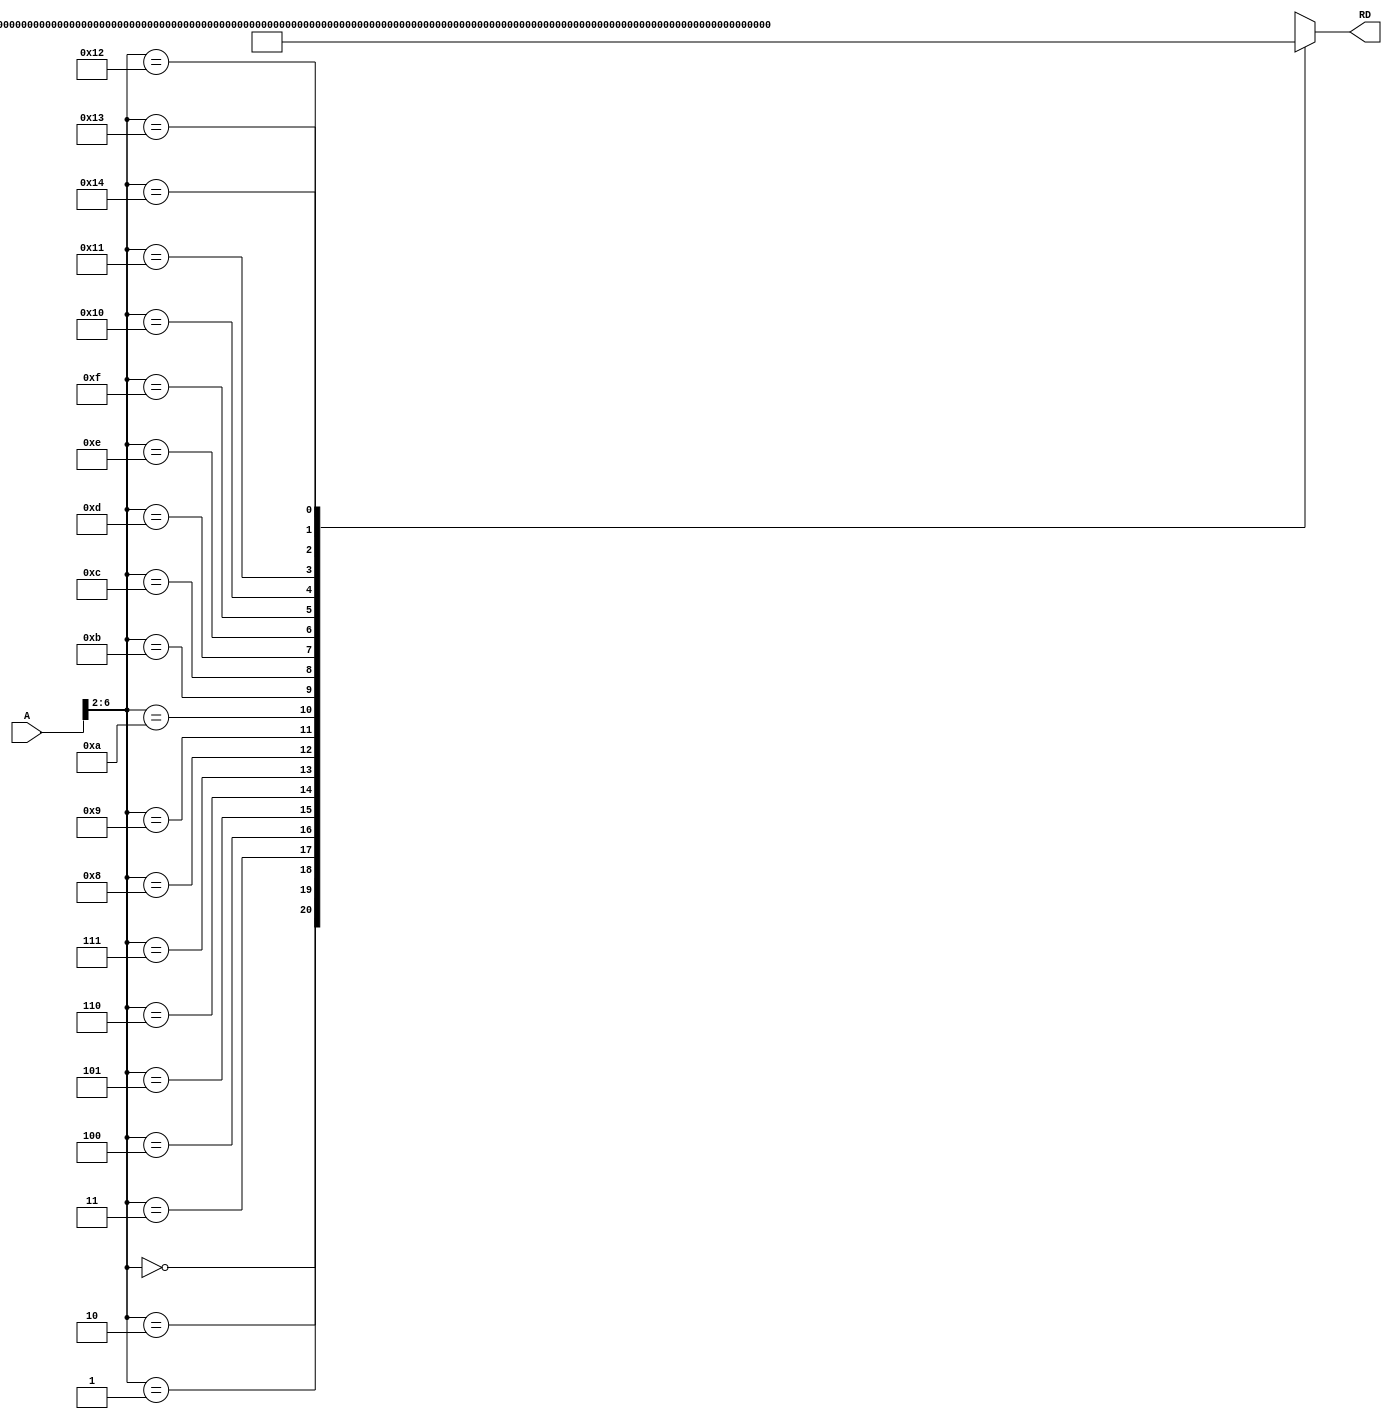
/*
   Created by : Mohamed Hazem Mamdouh
   12-08-2023
   7:30 PM
 */
//***************  INSTRACTION MEMORY (ROM)  ***************//

module inst_mem (A, RD);

input   [31:0]  A;
output  [31:0] RD;




wire [31:0]  ROM [20:0] ;



assign RD = ROM[A>>2];

assign ROM[0]=32'h00500113;
assign ROM[1]=32'h00C00193;
assign ROM[2]=32'hFF718393;
assign ROM[3]=32'h0023E233;
assign ROM[4]=32'h0041F2B3;
assign ROM[5]=32'h004282B3;
assign ROM[6]=32'h02728863;
assign ROM[7]=32'h0041A233;
assign ROM[8]=32'h00020463;
assign ROM[9]=32'h00000293;
assign ROM[10]=32'h0023A233;
assign ROM[11]=32'h005203B3;
assign ROM[12]=32'h402383B3;
assign ROM[13]=32'h0471AA23;
assign ROM[14]=32'h06002103;
assign ROM[15]=32'h005104B3;
assign ROM[16]=32'h008001EF;
assign ROM[17]=32'h00100113;
assign ROM[18]=32'h00910133;
assign ROM[19]=32'h0221A023;
assign ROM[20]=32'h00210063;
endmodule